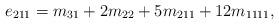
LaTeX: \begin{align*} e_{211} = m_{31} + 2m_{22} + 5m_{211} + 12m_{1111},\end{align*}